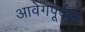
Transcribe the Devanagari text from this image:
आवेगपूर्वक